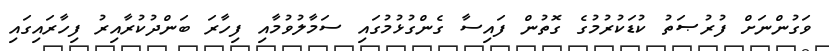
ވަގުންނަށް ފުރުޞަތު ކުޑަކުރުމުގެ ގޮތުން ފައިސާ ގެންގުޅުމުގައި ސަމާލުވުމާއި ފިހާރަ ބަންދުކުރާއިރު ފިހާރައިގައި